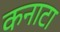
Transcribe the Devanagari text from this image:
कनाटा